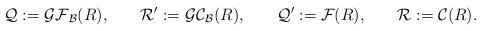
LaTeX: \begin{align*}\mathcal{Q} & := \mathcal{GF}_{\mathcal B}(R), & \mathcal{R}' & := \mathcal{GC}_{\mathcal B}(R), & \mathcal{Q}' & := \mathcal{F}(R), & \mathcal{R} & := \mathcal{C}(R).\end{align*}